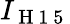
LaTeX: I_{\mathrm{~H~1~5~}}